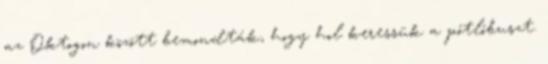
az Oktogon között bemondták, hogy hol keressük a pótlóbuszt.